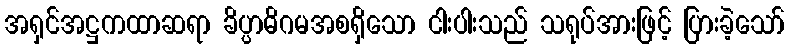
အရှင်အဋ္ဌကထာဆရာ ခိပ္ပာဓိဂမအစရှိသော ငါးပါးသည် သရုပ်အားဖြင့် ပြားခဲ့သော်